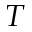
\boldsymbol { T }